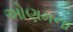
ઓણમના